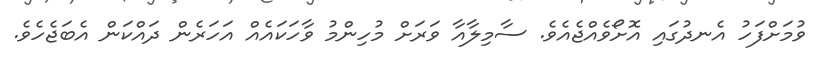
ވުމަށްފަހު އެނދުގައި އޮށޯވެއްޖެއެވެ. ސާމިލާއާ ވަރަށް މުހިންމު ވާހަކައެއް އަހަރެން ދައްކަން އެބަޖެހެވެ.